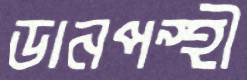
ডানপন্থী